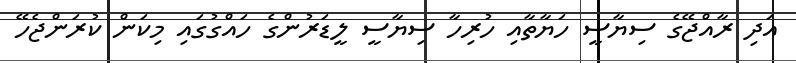
އަދި ރާއްޖޭގެ ސިޔާސީ ހަޔާތާއި ހުރިހާ ސިޔާސީ ލީޑަރުންގެ ހައްގުގައި މިކަން ކުރަންޖެހޭ